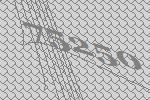
75250